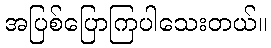
အပြစ်ပြောကြပါသေးတယ်။